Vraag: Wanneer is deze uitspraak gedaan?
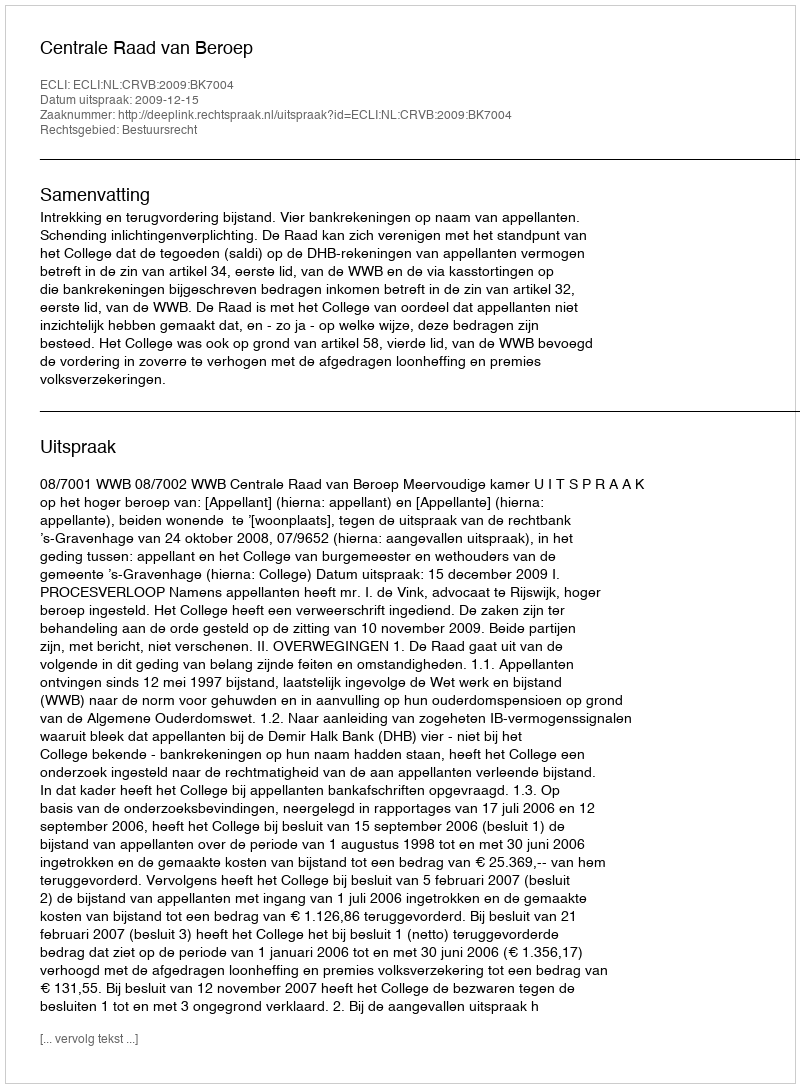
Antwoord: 2009-12-15